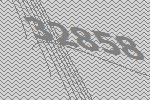
32858